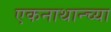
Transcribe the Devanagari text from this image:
एकनाथान्च्या